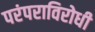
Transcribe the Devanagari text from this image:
परंपराविरोधी